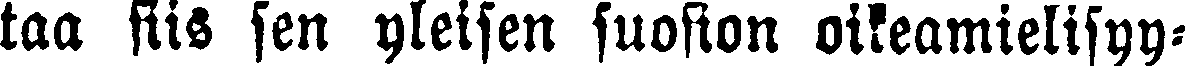
taa siis sen yleisen suosion oikeamielisyy-